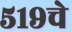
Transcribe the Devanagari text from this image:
५१९चे